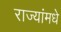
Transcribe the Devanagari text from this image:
राज्यांमधे